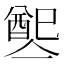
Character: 𨡡